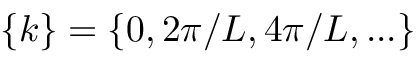
\{ k \} = \{ 0 , 2 \pi / L , 4 \pi / L , . . . \}